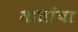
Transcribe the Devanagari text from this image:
मातांचा